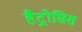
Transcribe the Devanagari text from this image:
हैट्रोसिस